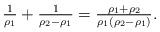
LaTeX: \begin{align*}\tfrac{1}{\rho_1} + \tfrac{1}{\rho_2-\rho_1} = \tfrac{\rho_1+\rho_2}{\rho_1(\rho_2-\rho_1)}.\end{align*}